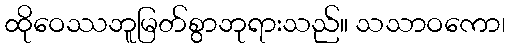
ထိုဝေဿဘူမြတ်စွာဘုရားသည်။ သသာဝကော၊